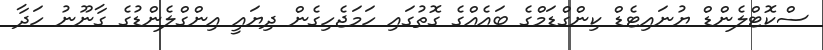
ސްކޮޓްލެންޑް ޔުނައިޓެޑް ކިންގްޑަމްގެ ބައެއްގެ ގޮތުގައި ހަމަޖެހިގެން ދިޔައީ އިންގްލެންޑުގެ ގާނޫނު ހަދާ